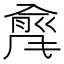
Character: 𲋇